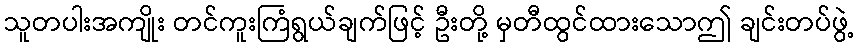
သူတပါးအကျိုး တင်ကူးကြံရွယ်ချက်ဖြင့် ဦးတို့ မှတီထွင်ထားသောဤ ချင်းတပ်ဖွဲ့